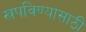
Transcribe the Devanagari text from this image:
खपविण्यासाठी